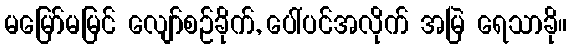
မမြော်မမြင် လျော်စဉ်ခိုက်, ပေါ်ပင်အလိုက် အမြဲ ရေသာခို။